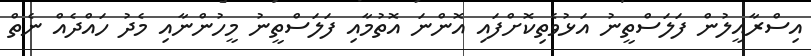
އިސްރާއީލުން ފަލަސްތީނު އަޅުވެތިކޮށްފައި އޮންނަ އޮތުމާއި ފަލަސްތީނު މީހުންނާއި މެދު ހައްދެއް ނެތް